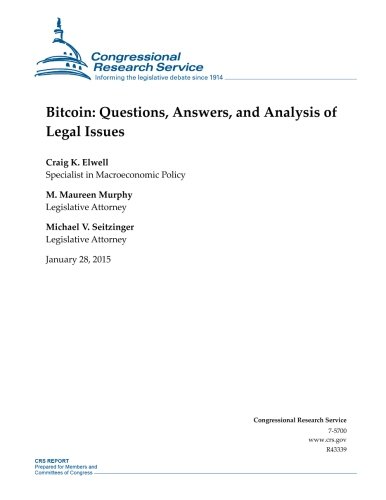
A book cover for Bitcoin: Questions, Answers, and Analysis of Legal Issues (CRS Reports); Congressional Research Service; Computers & Technology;